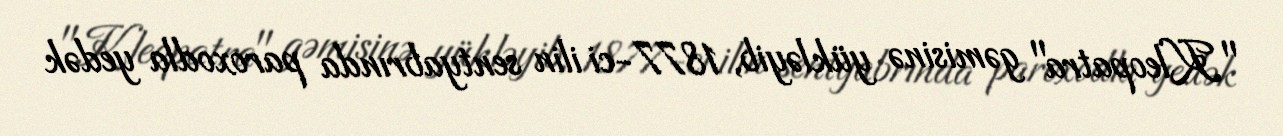
"Kleopatra" gəmisinə yükləyib, 1877-ci ilin sentyabrında paroxodla yedək